Reports on dispensaries and lunatic asylums in the Province of Oudh - 1869-1876
Year: 1869
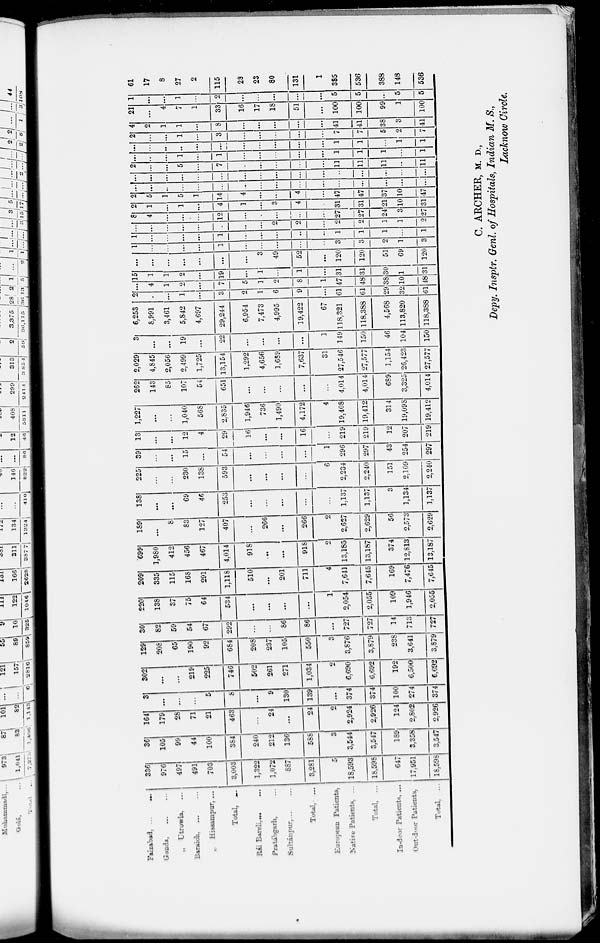
Faizabad.
...
...
Gouda, ... ...
... Utrowla. ...
Baraich. ... ...
Hissampur. ...
Total, ...
Pratábgarh, ...
Sultánpur, ... ...
Total ...
European Patients,.
Native Patients. ...
Total. ...
In-door Patients. ...
Out-door Patients,
Total, ...
336
976
497
491
703
3,003
1,322
1,072
887
3,281
5
18,593
18,598
647
17,951
18,598
36
105
99
44
100
384
240
212
136
588
3
3,544
3,547
189
3,358
3,547
164
179
28
71
21
463
...
24
...
24
2
2,924
2,926
124
2,802
2,926
3
...
...
...
5
8
...
9
130
139
...
374
374
100
274
374
302
...
...
219
225
746
502
261
271
1,034
2
6,690
6,692
192
6,500
6,692
129
208
65
190
92
684
208
237
105
550
3
3,876
3,879
238
3,641
3,879
30
82
59
54
67
292
...
...
86
86
...
727
727
14
713
727
220
138
37
75
64
534
...
...
...
...
1
2,054
2,055
109
1,946
2,055
209
335
115
168
291
1,118
510
...
201
711
4
7,641
7,645
169
7,476
7,645
699
1,980
412
456
467
4,014
918
...
...
918
2
13,185
13,187
374
12,813
13,187
189
...
8
83
127
407
...
266
...
266
2
2,627
2,629
56
2,573
2,629
138
...
...
69
46
253
...
...
...
...
...
1,137
1,137
3
1,134
1,137
225
...
...
230
138
593
...
...
...
...
6
2,234
2,240
151
2,109
2,240
39
...
...
15
...
54
...
...
...
...
1
296
297
43
254
297
13
...
...
12
4
29
16
...
...
16
...
219
219
12
207
219
1,227
...
...
1,040
568
2,835
1,946
736
1,490
4,172
4
19,408
19,412
314
19,098
19,412
262
143
85
107
54
651
...
...
...
...
...
4,014
4,014
689
3,325
4,014
2,029
4,845
2,056
2,499
1,725
13,154
1,292
4,656
1,689
7,637
31
27,546
27,577
1,154
26,423
27,577
3
...
...
19
...
22
...
...
...
...
1
149
150
46
104
150
6,253
8,991
3,461
5,842
4,697
29,244
6,954
7,473
4,995
19,422
67
118,321
118,388
4,568
113,820
118,388
2
...
...
1
...
3
2
1
6
9
...
61
61
29
32
61
...
4
1
2
...
7
5
1
2
8
1
47
48
38
10
48
15
1
1
2
...
19
...
1
...
1
...
31
31
30
1
31
...
...
...
...
...
...
...
3
49
52
...
120
120
51
69
120
1
...
...
...
...
1
...
...
...
...
...
3
3
2
1
3
1
...
...
...
...
1
...
...
...
...
...
1
1
1
...
1
...
...
...
...
...
...
...
...
2
2
...
2
2
1
1
2
8
4
...
...
...
12
...
...
...
...
...
27
27
24
3
27
2
1
...
1
...
4
1
...
3
4
...
31
31
21
10
31
2
5
1
5
1
14
4
...
...
4
...
47
47
37
10
47
...
...
...
...
...
...
...
...
...
...
...
...
...
...
...
...
...
...
...
...
...
...
...
...
...
...
...
...
...
...
...
2
...
...
5
...
7
...
...
...
...
...
11
11
11
...
11
...
...
...
1
...
1
...
...
...
...
...
1
1
1
...
1
...
...
...
...
...
...
...
...
...
...
...
1
1
...
1
1
2
...
...
1
...
3
...
...
...
...
...
7
7
5
2
7
4
2
1
1
...
8
...
...
...
...
...
41
41
38
3
41
21
...
4
...
1
33
16
17
18
51
...
100
100
99
1
100
1
...
...
1
...
2
...
...
...
...
...
5
5
...
5
5
61
17
8
27
2
115
28
23
80
131
1
385
536
388
148
536
C. ARCHER, M. D.,
Depy. Insptr. Genl. of Hospitals, Indian M. S.,
Lacknow Circle.